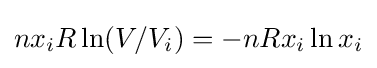
nx_{i}R\ln(V/V_{i})=-nRx_{i}\ln x_{i}